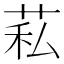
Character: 𦮺